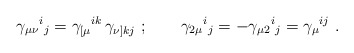
\begin{align*}\gamma _{\mu \nu }{}^i{}_j=\gamma _{[\mu }{}^{ik}\,\gamma_{\nu]kj}\ ;\qquad\gamma _{2\mu }{}^i{}_{j}=-\gamma _{\mu 2}{}^i{}_{j}=\gamma _\mu{}^{ij} \ .\end{align*}